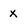
Character: x